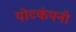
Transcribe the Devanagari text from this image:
पोटकंपनी